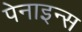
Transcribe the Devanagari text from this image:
पेनाइन्स